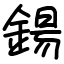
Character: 鍚